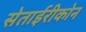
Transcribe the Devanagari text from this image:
सेताईरीकोन